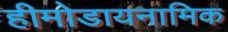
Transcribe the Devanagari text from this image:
हीमोडायनामिक